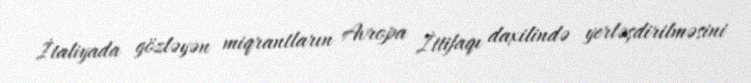
İtaliyada gözləyən miqrantların Avropa İttifaqı daxilində yerləşdirilməsini